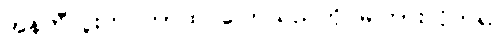
အန်တီလူးက ဘာထပ်ပြောသည်ကို မကြားလိုက်ရ။